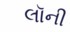
લૉની